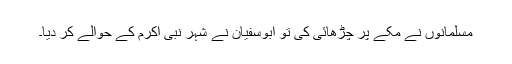
مسلمانوں نے مکے پر چڑھائی کی تو ابوسفیان نے شہر نبی اکرم کے حوالے کر دیا۔